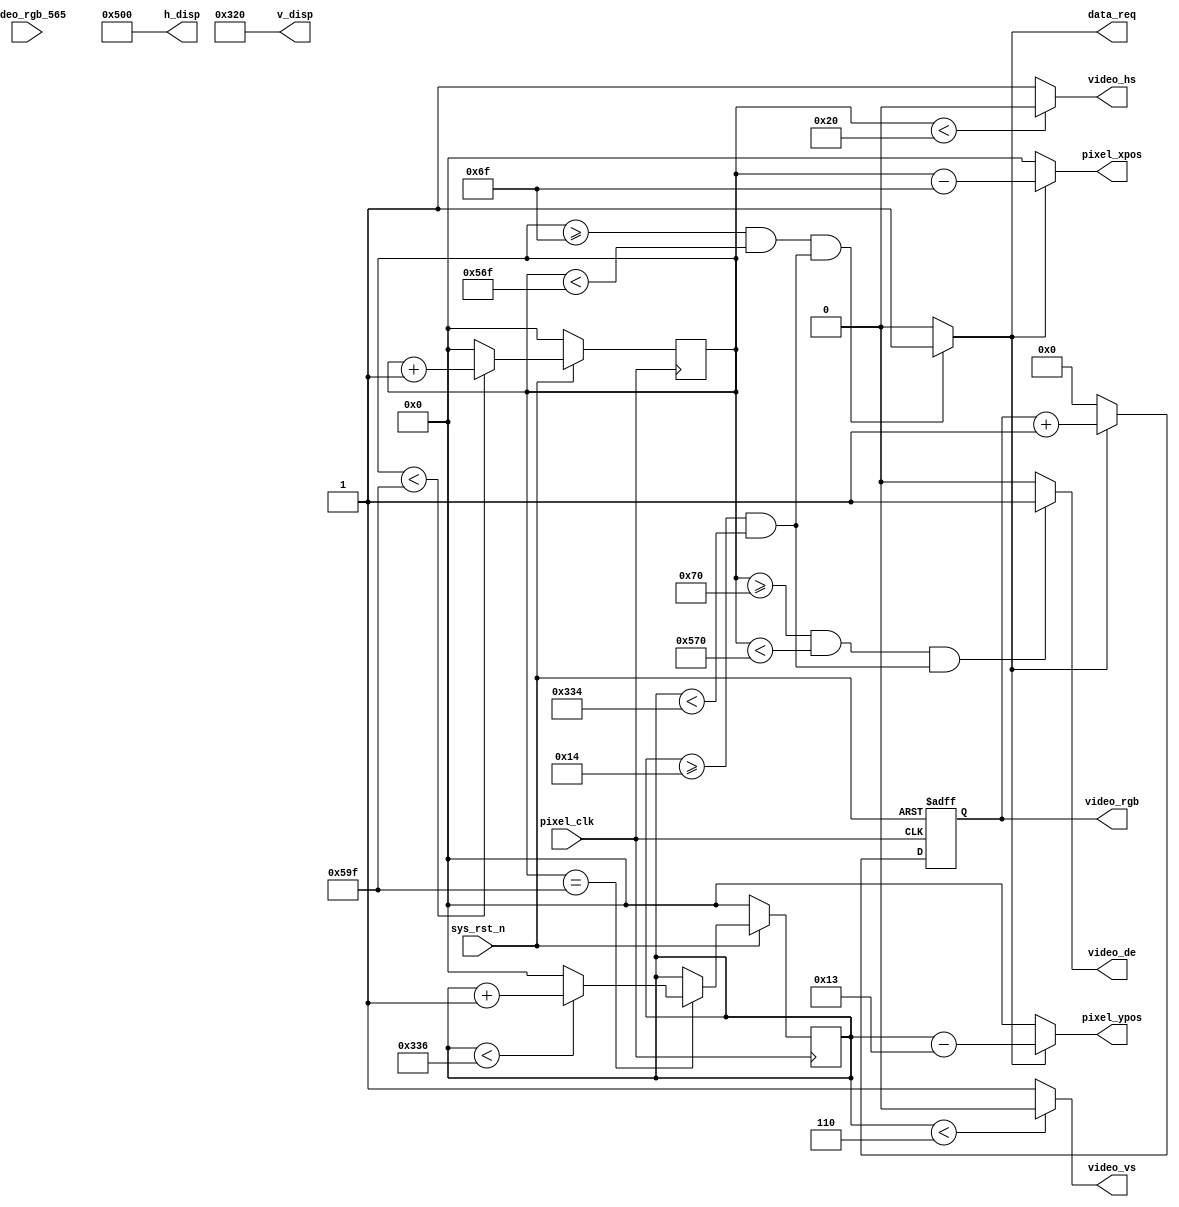
//****************************************Copyright (c)***********************************//
//www.yuanzige.com
//www.openedv.com
//http://openedv.taobao.com 
//""ZYNQ & FPGA & STM32 & LINUX
//
//Copyright(C)  2018-2028
//All rights reserved
//----------------------------------------------------------------------------------------
// File name:           video_driver
// Last modified Date:  2019/7/1 9:30:00
// Last Version:        V1.1
// Descriptions:        
//----------------------------------------------------------------------------------------
// Created by:          
// Created date:        2019/7/1 9:30:00
// Version:             V1.0
// Descriptions:        The original version
//
//----------------------------------------------------------------------------------------
//****************************************************************************************//

module video_driver(
    input           pixel_clk     ,
    input           sys_rst_n     ,
    
    //RGB
    output          video_hs      ,   //
    output          video_vs      ,   //
    output          video_de      ,   //
    output  reg[23:0]  video_rgb     ,   //RGB888
	 output          data_req      ,
    
    input   [15:0]  video_rgb_565 ,   //
    output  [10:0]  pixel_xpos    ,   //
    output  [10:0]  pixel_ypos    ,   //
	 output  [10:0]  h_disp        ,
	 output  [10:0]  v_disp
);

//parameter define

//1280*800 
parameter  H_SYNC   =  11'd32;  //
parameter  H_BACK   =  11'd80;  //
parameter  H_DISP   =  11'd1280; //
parameter  H_FRONT  =  11'd48;   //
parameter  H_TOTAL  =  11'd1440; //

parameter  V_SYNC   =  11'd6;    //
parameter  V_BACK   =  11'd14;   //
parameter  V_DISP   =  11'd800;  //
parameter  V_FRONT  =  11'd3;    //
parameter  V_TOTAL  =  11'd823;  //


//1024*768 
//parameter  H_SYNC   =  11'd136;  //
//parameter  H_BACK   =  11'd160;  //
//parameter  H_DISP   =  11'd1024; //
//parameter  H_FRONT  =  11'd24;   //
//parameter  H_TOTAL  =  11'd1344; //
//
//parameter  V_SYNC   =  11'd6;    //
//parameter  V_BACK   =  11'd29;   // 
//parameter  V_DISP   =  11'd768;  //
//parameter  V_FRONT  =  11'd3;    //
//parameter  V_TOTAL  =  11'd806;  //

//640*480
//parameter  H_SYNC   =  11'd96;  //
//parameter  H_BACK   =  11'd48;  //
//parameter  H_DISP   =  11'd640; //
//parameter  H_FRONT  =  11'd16;   //
//parameter  H_TOTAL  =  11'd800; //
//
//parameter  V_SYNC   =  11'd2;    //
//parameter  V_BACK   =  11'd33;   //
//parameter  V_DISP   =  11'd480;  //
//parameter  V_FRONT  =  11'd10;    //
//parameter  V_TOTAL  =  11'd525;  //

//reg define
reg  [10:0] cnt_h;
reg  [10:0] cnt_v;

//wire define
wire       video_en;
wire [23:0]pixel_data; 
//*****************************************************
//**                    main code
//*****************************************************

assign video_de  = video_en;

assign video_hs  = ( cnt_h < H_SYNC ) ? 1'b0 : 1'b1;  //
assign video_vs  = ( cnt_v < V_SYNC ) ? 1'b0 : 1'b1;  //

//RGB
assign video_en  = (((cnt_h >= H_SYNC+H_BACK) && (cnt_h < H_SYNC+H_BACK+H_DISP))
                 &&((cnt_v >= V_SYNC+V_BACK) && (cnt_v < V_SYNC+V_BACK+V_DISP)))
                 ?  1'b1 : 1'b0;

//RGB888
//assign video_rgb = video_en ? pixel_data : 24'd0;
//.......................................................................
always @(posedge pixel_clk  or negedge sys_rst_n) begin
    if (!sys_rst_n)
        video_rgb <= 23'd0;
    else if(data_req)        
        video_rgb <= video_rgb + 1'b1;
     else 
        video_rgb <= 23'd0;    
end

//
assign data_req = (((cnt_h >= H_SYNC+H_BACK-1'b1) && 
                    (cnt_h < H_SYNC+H_BACK+H_DISP-1'b1))
                  && ((cnt_v >= V_SYNC+V_BACK) && (cnt_v < V_SYNC+V_BACK+V_DISP)))
                  ?  1'b1 : 1'b0;

//
assign pixel_xpos = data_req ? (cnt_h - (H_SYNC + H_BACK - 1'b1)) : 11'd0;
assign pixel_ypos = data_req ? (cnt_v - (V_SYNC + V_BACK - 1'b1)) : 11'd0;

assign pixel_data = {video_rgb_565[15:11],3'b000,video_rgb_565[10:5],2'b00,
                    video_rgb_565[4:0],3'b000};

//
assign h_disp = H_DISP;
assign v_disp = V_DISP; 

//
always @(posedge pixel_clk ) begin
    if (!sys_rst_n)
        cnt_h <= 11'd0;
    else begin
        if(cnt_h < H_TOTAL - 1'b1)
            cnt_h <= cnt_h + 1'b1;
        else 
            cnt_h <= 11'd0;
    end
end

//
always @(posedge pixel_clk ) begin
    if (!sys_rst_n)
        cnt_v <= 11'd0;
    else if(cnt_h == H_TOTAL - 1'b1) begin
        if(cnt_v < V_TOTAL - 1'b1)
            cnt_v <= cnt_v + 1'b1;
        else 
            cnt_v <= 11'd0;
    end
end

endmodule